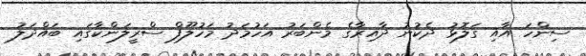
ސިންހަ އާއި ގަލޮޅު ދެކުނު ދާއިރާގެ މެންބަރު އަހުމަދު މަހުލޫފް ސްރީލަންކާގައި ބައްދަލު